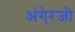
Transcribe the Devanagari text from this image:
अंगे्रजो